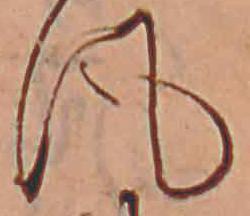
風